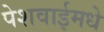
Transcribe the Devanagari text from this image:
पेशवाईमधे